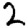
Digit: 2